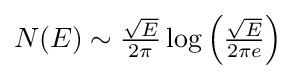
{\textstyle N(E)\sim {\frac {\sqrt {E}}{2\pi }}\log \left({\frac {\sqrt {E}}{2\pi e}}\right)}